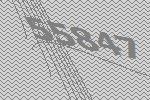
55847